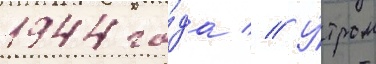
1944 го́да // У́тром